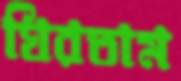
ঘিরতাম